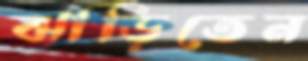
ঝাড়িতেন